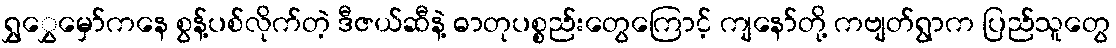
ရွှွှေမှော်ကနေ စွန့်ပစ်လိုက်တဲ့ ဒီဇယ်ဆီနဲ့ ဓာတုပစ္စည်းတွေကြောင့် ကျနော်တို့ ကဗျတ်ရွာက ပြည်သူတွေ